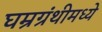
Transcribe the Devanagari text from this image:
घम्रग्रंथीमध्ये